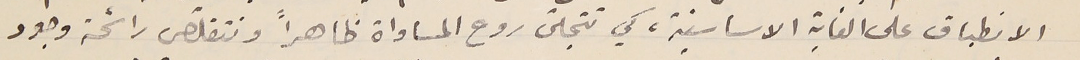
الانطباق على الغاية الاساسيّة، كي تتجلّى روح المساواة ظاهراً ونتقلّص رائحة وجود